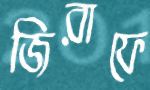
জিরাফে